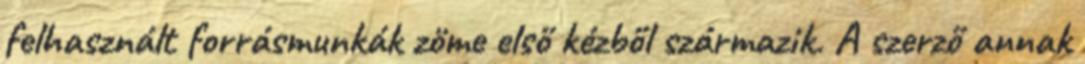
felhasznált forrásmunkák zöme első kézből származik. A szerző annak